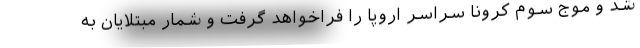
شد و موج سوم کرونا سراسر اروپا را فراخواهد گرفت و شمار مبتلایان به